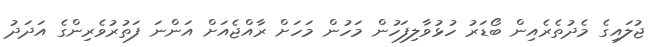
ޖުލައިގެ މެދުތެރެއިން ބޯޑަރު ހުޅުވާލިފަހުން މަހުން މަހަށް ރާއްޖެއަށް އަންނަ ފަތުރުވެރިންގެ އަދަދު